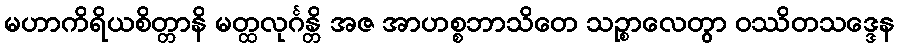
မဟာကိရိယစိတ္တာနိ မတ္ထလုင်္ဂန္တိ အဇ အာဟစ္စဘာသိတေ သဉ္စာလေတွာ ဝဿိတသဒ္ဒေန